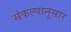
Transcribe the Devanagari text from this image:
संकल्पानुसार